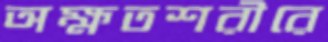
অক্ষতশরীরে